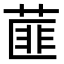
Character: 𦷁